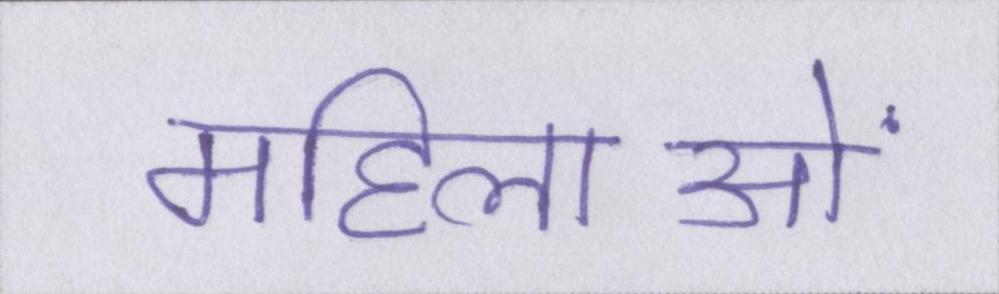
महिलाओं